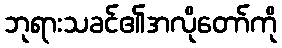
ဘုရားသခင်၏အလိုတော်ကို